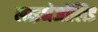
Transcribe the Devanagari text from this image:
लाइनेजोलिड